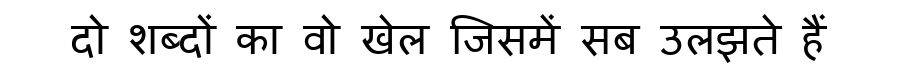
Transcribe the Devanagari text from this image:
दो शब्दों का वो खेल जिसमें सब उलझते हैं